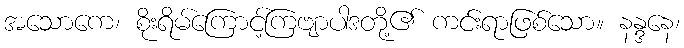
အသောကေ၊ စိုးရိမ်ကြောင့်ကြဗျာပါဒတို့၏ ကင်းရာဖြစ်သော။ နန္ဒနေ၊